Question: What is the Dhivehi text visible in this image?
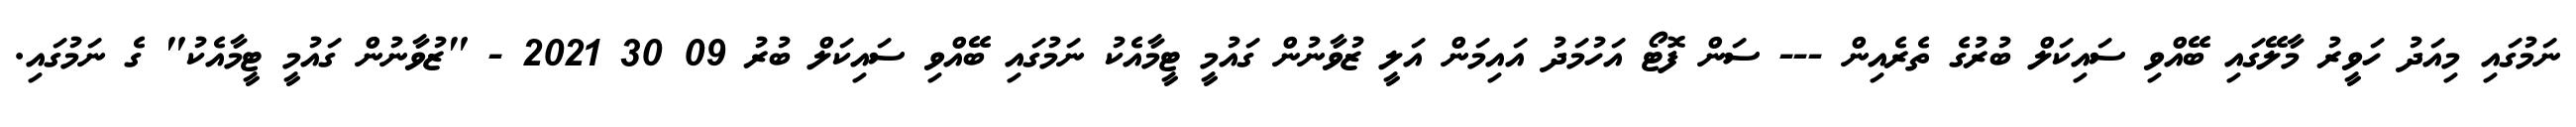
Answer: ނަމުގައި މިއަދު ހަވީރު މާލޭގައި ބޭއްވި ސައިކަލް ބުރުގެ ތެރެއިން --- ސަން ފޮޓޯ އަހުމަދު އައިމަން އަލީ ޒުވާނުން ގައުމީ ޓީމާއެކު ނަމުގައި ބޭއްވި ސައިކަލް ބުރު 09 30 2021 - "ޒުވާނުން ގައުމީ ޓީމާއެކު" ގެ ނަމުގައި.